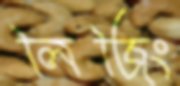
লিজিং